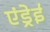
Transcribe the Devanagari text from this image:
एंड्रेई